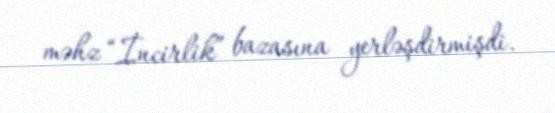
məhz “İncirlik” bazasına yerləşdirmişdi.